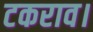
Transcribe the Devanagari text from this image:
टकराव।